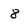
Character: 8